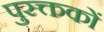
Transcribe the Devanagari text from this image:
पुस्क्तकों